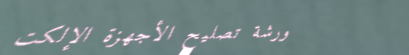
ورشة تصليح الأجهزة الإلكت